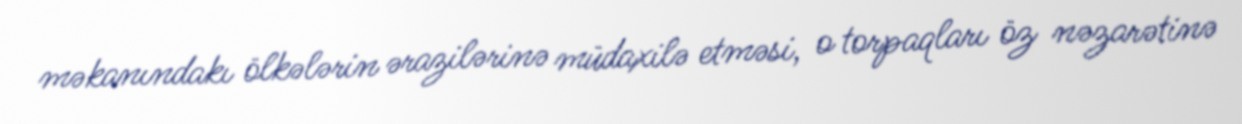
məkanındakı ölkələrin ərazilərinə müdaxilə etməsi, o torpaqları öz nəzarətinə